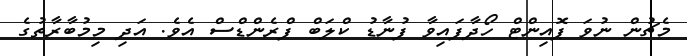
މެޗުން ނުވަ ޕޮއިންޓް ހޯދާފައިވާ ފުނާޑު ކްލަބް ފްރެންޑްސް އެވެ. އަދި މިމުބާރާތުގެ